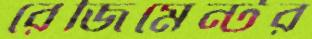
রেজিমেন্টর